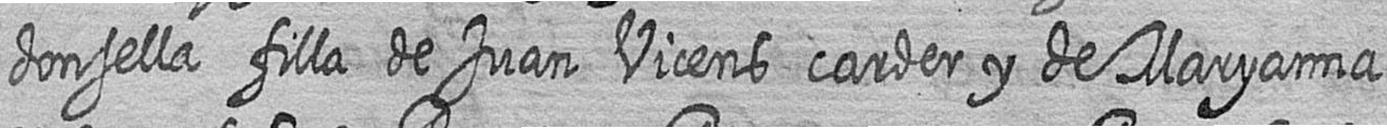
donsella filla de Juan Vicens carder y de Maryanna